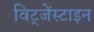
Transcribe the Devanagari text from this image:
विट्जेंस्टाइन